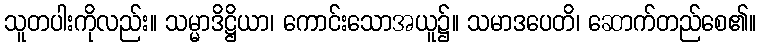
သူတပါးကိုလည်း။ သမ္မာဒိဋ္ဌိယာ၊ ကောင်းသောအယူ၌။ သမာဒပေတိ၊ ဆောက်တည်စေ၏။